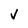
Character: v